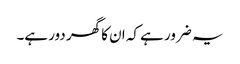
یہ ضرور ہے کہ ان کا گھر دور ہے۔